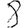
Digit: 8